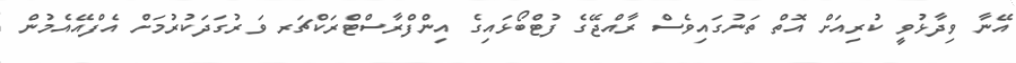
އޭނާ ވިދާޅުވީ ކުރިއަށް އޮތް ތަނުގައިވެސް ރާއްޖޭގެ ފުޓްބޯޅައިގެ އިންފްރާސްޓްރަކްޗަރ ވަރުގަދަކުރުމަށް އެފްއޭއެމުން